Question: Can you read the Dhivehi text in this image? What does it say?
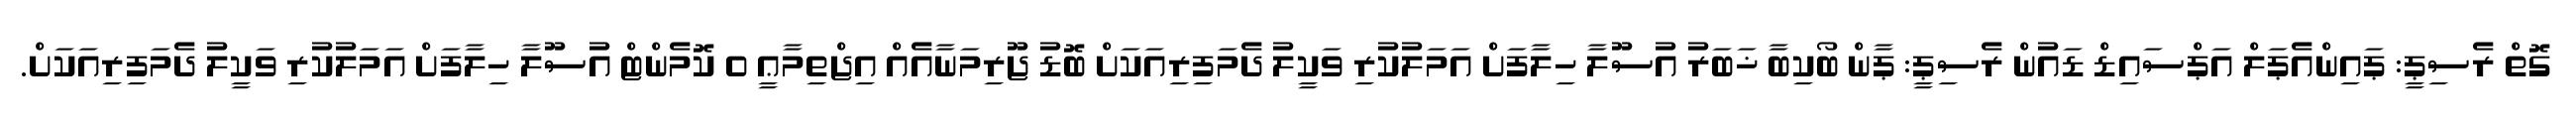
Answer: ގޮތް ރެސިޕީ: ޕައިންއެޕަލް އަޕްސައިޑް ޑައުން ރެސިޕީ: ޕާން ބޯކިބާ ޚަބަރު އުސޫލާ ހިލާފަށް އަމަލުކުރި ވަކީލު ދެމަފިރިއަކަށް ބޮޑު ޖޫރިމަނާއެއް އިޖްތިމާޢީ 0 ކޮމެންޓް އުސޫލާ ހިލާފަށް އަމަލުކުރި ވަކީލު ދެމަފިރިއަކަށް.